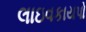
લાઇવકાયપો